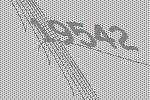
19542